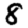
Digit: 8